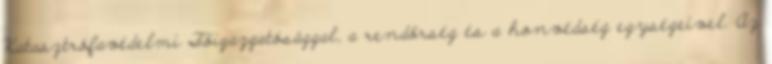
Katasztrófavédelmi Főigazgatósággal, a rendőrség és a honvédség egységeivel. Az